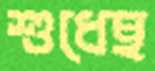
শুধেছ